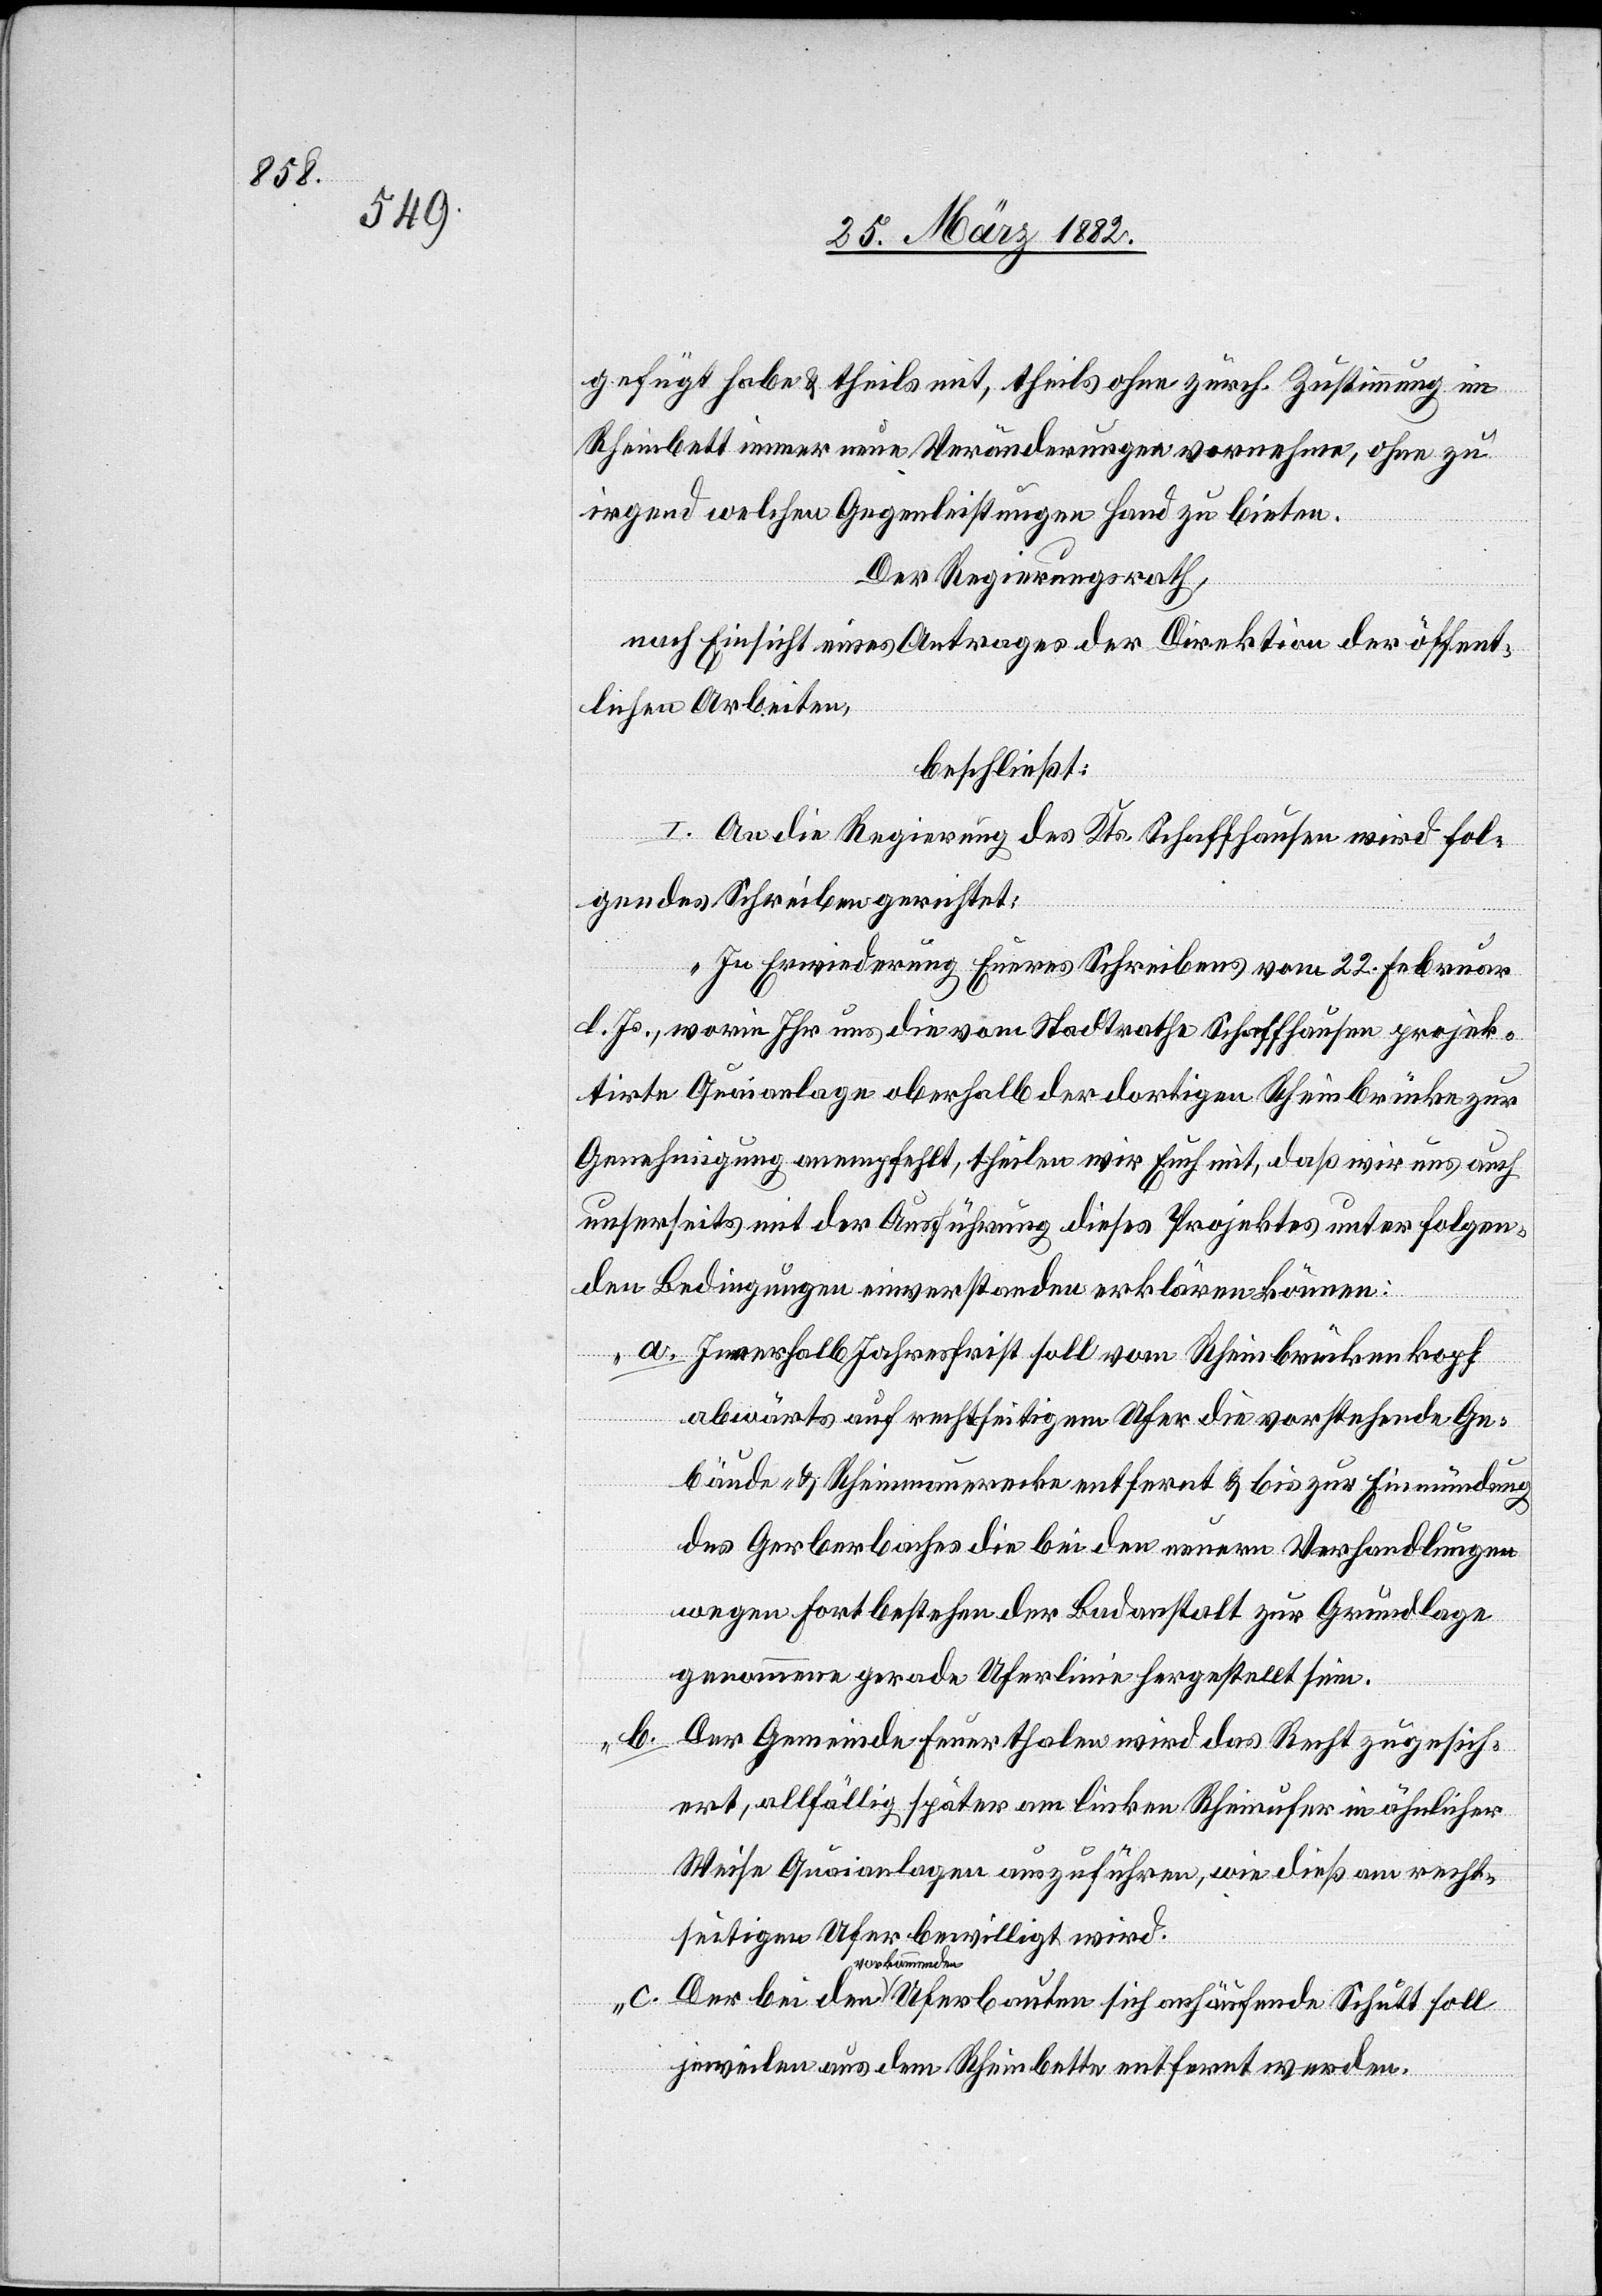
gefügt habe & theils mit, theils ohne zürch. Zustimmung im
Rheinbett immer neue Veränderungen vornehmen, ohne zu
irgend welchen Gegenleistungen Hand zu bieten.
Der Regierungsrath,
nach Einsicht eines Antrages der Direktion der öffent¬
lichen Arbeiten,
beschließt:
I. An die Regierung des Kts. Schaffhausen wird fol¬
gendes Schreiben gerichtet:
„In Erwiederung Eueres Schreibens vom 22. Februar
d. Js., worin Ihr uns die vom Stadtrathe Schaffhausen projek¬
tierte Quaianlage oberhalb der dortigen Rheinbrücke zur
Genehmigung anempfehlt, theilen wir Euch mit, daß wir uns auch
unsererseits mit der Ausführung dieses Projekts unter folgen¬
den Bedingungen einverstanden erklären können:
a. Innerhalb Jahresfrist soll vom Rheinbrückenkopf
abwärts auf rechtseitigem Ufer die vorstehende Ge¬
bäude- & Rheinmauerecke entfernt & bis zur Einmündung
des Gerberbaches die bei den neuen Verhandlungen
wegen Fortbestehen der Badanstalt zur Grundlage
genommene gerade Uferlinie hergestellt sein.
b.
Der Gemeinde Feuerthalen wird das Recht zugesich¬
ert, allfällig später am linken Rheinufer in ähnlicher
Weise Quaianlagen auszuführen, wie dieß am recht¬
seitigen Ufer bewilligt wird.
a-vorkommenden-a
jeweilen aus dem Rheinbette entfernt werden.